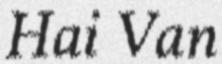
Hai Van